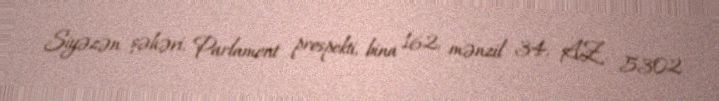
Siyəzən şəhəri, Parlament prospekti, bina 162, mənzil 34, AZ 5302